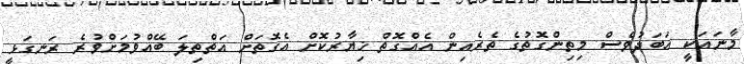
މާނައަކީ އަބަދުވެސް މިތިންގޮތުގެ ތެރެއިން އެއްގޮތް ޚިޔާރުކޮށް އެގޮތަށް އަތްތިލަ ބޭއްވުމަށްވުރެ ރަނގަޅީ